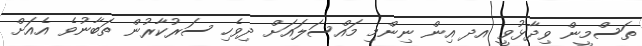
ތަސްމީން ވިދާޅުވީ އދ އިން ނިންމި މައްސަލައަށް ދިވެހި ސަރުކާރުން ތަބާނުވެ އެއަށް